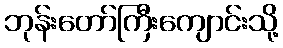
ဘုန်းတော်ကြီးကျောင်းသို့